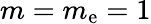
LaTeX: m=m_{\mathrm{e}}=1